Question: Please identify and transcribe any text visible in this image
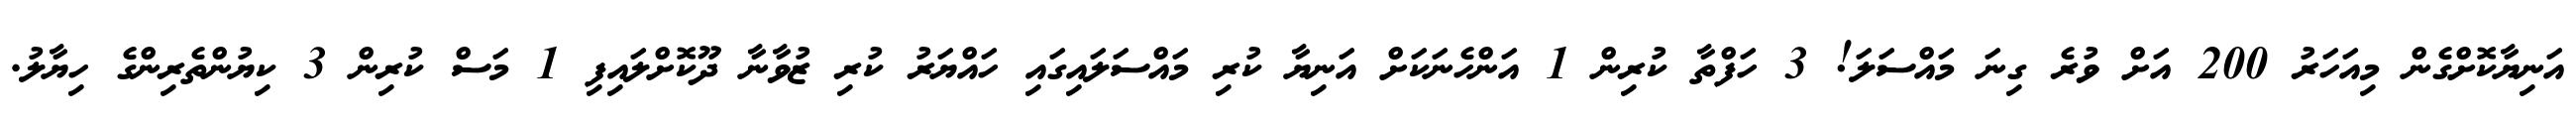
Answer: އަނިޔާކޮށްގެން މިއަހަރު 200 އަށް ވުރެ ގިނަ މައްސަލަ! 3 ހަފްތާ ކުރިން 1 އަންހެނަކަށް އަނިޔާ ކުރި މައްސަލައިގައި ހައްޔަރު ކުރި ޒުވާނާ ދޫކޮށްލައިފި 1 މަސް ކުރިން 3 ކިޔުންތެރިންގެ ހިޔާލު.